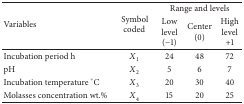
<table><thead><tr><td rowspan="2"><b>Variables</b></td><td rowspan="2"><b>Symbol coded</b></td><td colspan="3"><b>Range and levels</b></td></tr><tr><td><b>Low level (−1)</b></td><td><b>Center (0)</b></td><td><b>High level +1</b></td></tr></thead><tbody><tr><td>Incubation period h</td><td><i>X</i><sub>1</sub></td><td>24</td><td>48</td><td>72</td></tr><tr><td>pH</td><td><i>X</i><sub>2</sub></td><td>5</td><td>6</td><td>7</td></tr><tr><td>Incubation temperature °C</td><td><i>X</i><sub>3</sub></td><td>20</td><td>30</td><td>40</td></tr><tr><td>Molasses concentration wt.%</td><td><i>X</i><sub>4</sub></td><td>15</td><td>20</td><td>25</td></tr></tbody></table>